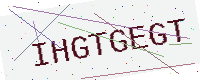
Text: IHGTGEGT